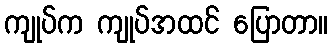
ကျုပ်က ကျုပ်အထင် ပြောတာ။